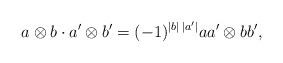
LaTeX: \begin{align*} a \otimes b \cdot a' \otimes b' = (-1)^{\vert b \vert \, \vert a' \vert} aa' \otimes bb',\end{align*}